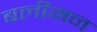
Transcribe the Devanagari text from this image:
बर्लीमन